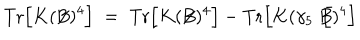
\mathrm { T r } \Big [ K ( \not { \! \! B } ) ^ { 4 } \Big ] \; = \; \mathrm { T r } \Big [ K ( \not { \! \! B } ) ^ { 4 } \Big ] - \mathrm { T r } \Big [ K ( \gamma _ { 5 } \not { \! \! B } ) ^ { 4 } \Big ] \;